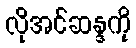
လိုအင်ဆန္ဒကို